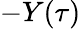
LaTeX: -Y(\tau)